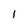
Character: 1